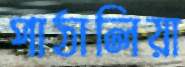
পাঠালিয়া